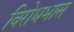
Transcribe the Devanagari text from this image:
विरोधभास